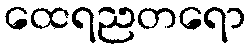
ထေရညတရော